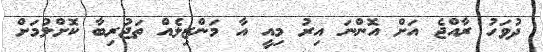
ދުވަހު ރާއްޖެ އަށް އޮންނަ އިރު މިއީ އާ މަންޒިލެއް ތަޖުރިބާ ކޮށްލުމަށް